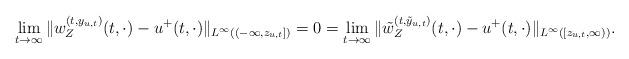
LaTeX: \begin{align*}\lim_{t\to\infty} \|w_{Z}^{(t,y_{u,t})}(t,\cdot)-u^+(t,\cdot)\|_{L^\infty((-\infty,z_{u,t}])} = 0 = \lim_{t\to\infty} \|\tilde w_{Z}^{(t,\tilde y_{u,t})}(t,\cdot)-u^+(t,\cdot)\|_{L^\infty([z_{u,t},\infty))}.\end{align*}